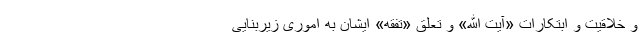
و خلاقیت و ابتکارات «آیت الله» و تعلق «تفقه» ایشان به اموری زیربنایی